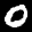
Label: 0